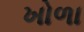
ખોળા